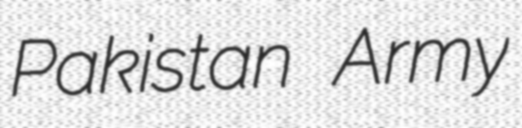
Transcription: Pakistan Army